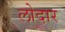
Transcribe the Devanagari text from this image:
लोदार